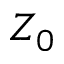
Z _ { 0 }